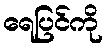
ရေပြင်ကို